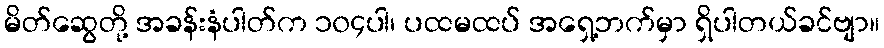
မိတ်ဆွေတို့ အခန်းနံပါတ်က ၁၀၄ပါ၊ ပထမထပ် အရှေ့ဘက်မှာ ရှိပါတယ်ခင်ဗျာ။